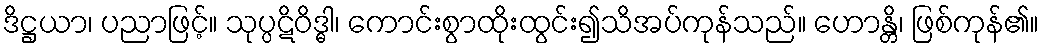
ဒိဋ္ဌယာ၊ ပညာဖြင့်။ သုပ္ပဋိဝိဒ္ဓါ၊ ကောင်းစွာထိုးထွင်း၍သိအပ်ကုန်သည်။ ဟောန္တိ၊ ဖြစ်ကုန်၏။